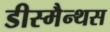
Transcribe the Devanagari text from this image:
डीस्मैन्थस